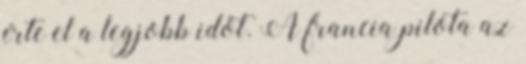
érte el a legjobb időt. A francia pilóta az